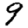
Digit: 9